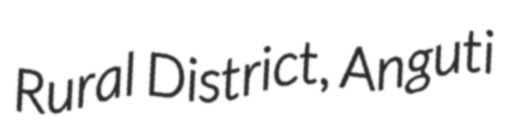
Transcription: Rural District, Anguti